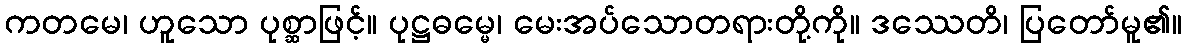
ကတမေ၊ ဟူသော ပုစ္ဆာဖြင့်။ ပုဋ္ဌဓမ္မေ၊ မေးအပ်သောတရားတို့ကို။ ဒဿေတိ၊ ပြတော်မူ၏။